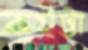
কইট্টা